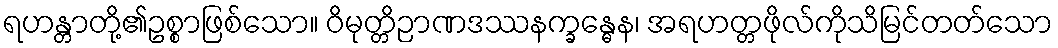
ရဟန္တာတို့၏ဥစ္စာဖြစ်သော။ ဝိမုတ္တိဉာဏဒဿနက္ခန္ဓေန၊ အရဟတ္တဖိုလ်ကိုသိမြင်တတ်သော